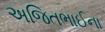
અજિતભાઈના